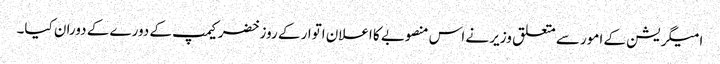
امیگریشن کے امور سے متعلق وزیر نے اس منصوبے کا اعلان اتوار کے روز خضر کیمپ کے دورے کے دوران کیا۔